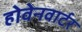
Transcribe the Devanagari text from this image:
होवेनवार्टर